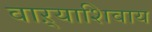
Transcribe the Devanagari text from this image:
वाऱ्याशिवाय